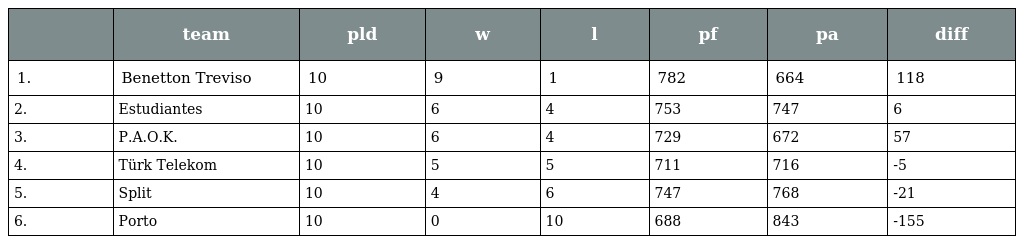
|  | team | pld | w | l | pf | pa | diff |
 | --- | --- | --- | --- | --- | --- | --- | --- |
 | 1. | Benetton Treviso | 10 | 9 | 1 | 782 | 664 | 118 |
 | 2. | Estudiantes | 10 | 6 | 4 | 753 | 747 | 6 |
 | 3. | P.A.O.K. | 10 | 6 | 4 | 729 | 672 | 57 |
 | 4. | Türk Telekom | 10 | 5 | 5 | 711 | 716 | -5 |
 | 5. | Split | 10 | 4 | 6 | 747 | 768 | -21 |
 | 6. | Porto | 10 | 0 | 10 | 688 | 843 | -155 |